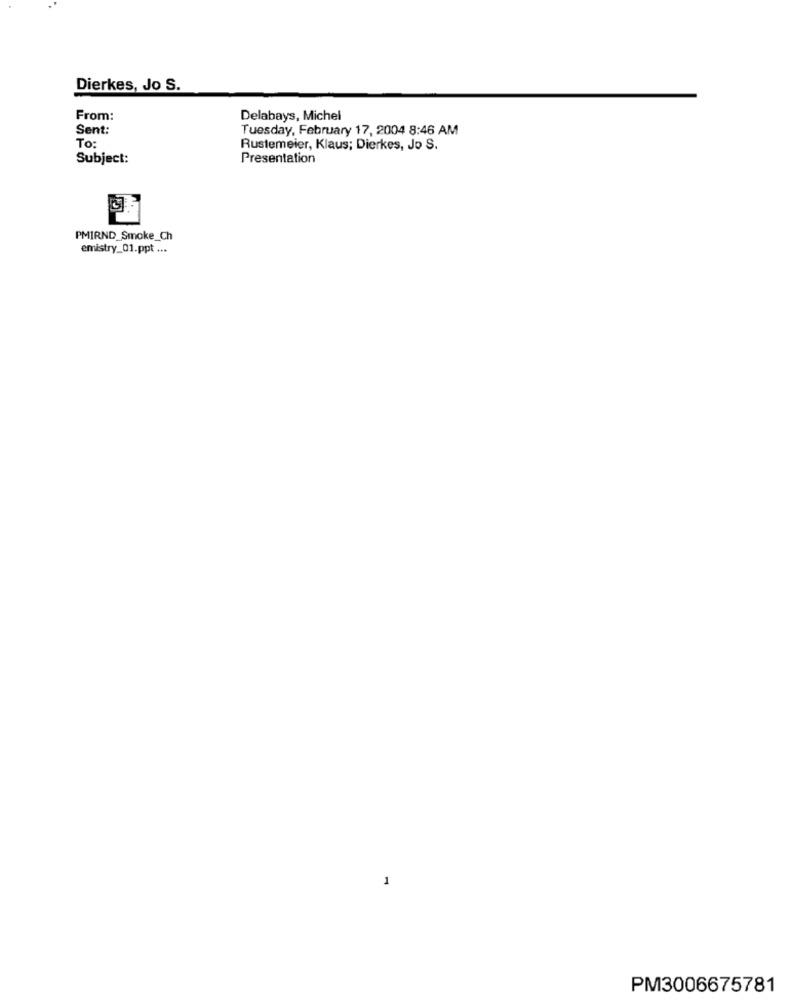
Dierkes, Jo S.
From:
Delabays, Michel
Sent:
Tuesday, February 17, 2004 8:46 AM
To:
Rustemeier, Klaus; Dierkes, Jo S.
Subject:
Presentation
PMIRND_Smoke_Ch
emistry_01.ppt ...
1
PM3006675781